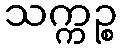
သက္ကဉ္စ